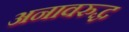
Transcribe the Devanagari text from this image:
अनावरुद्ध